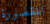
المقصورة